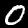
Label: 0